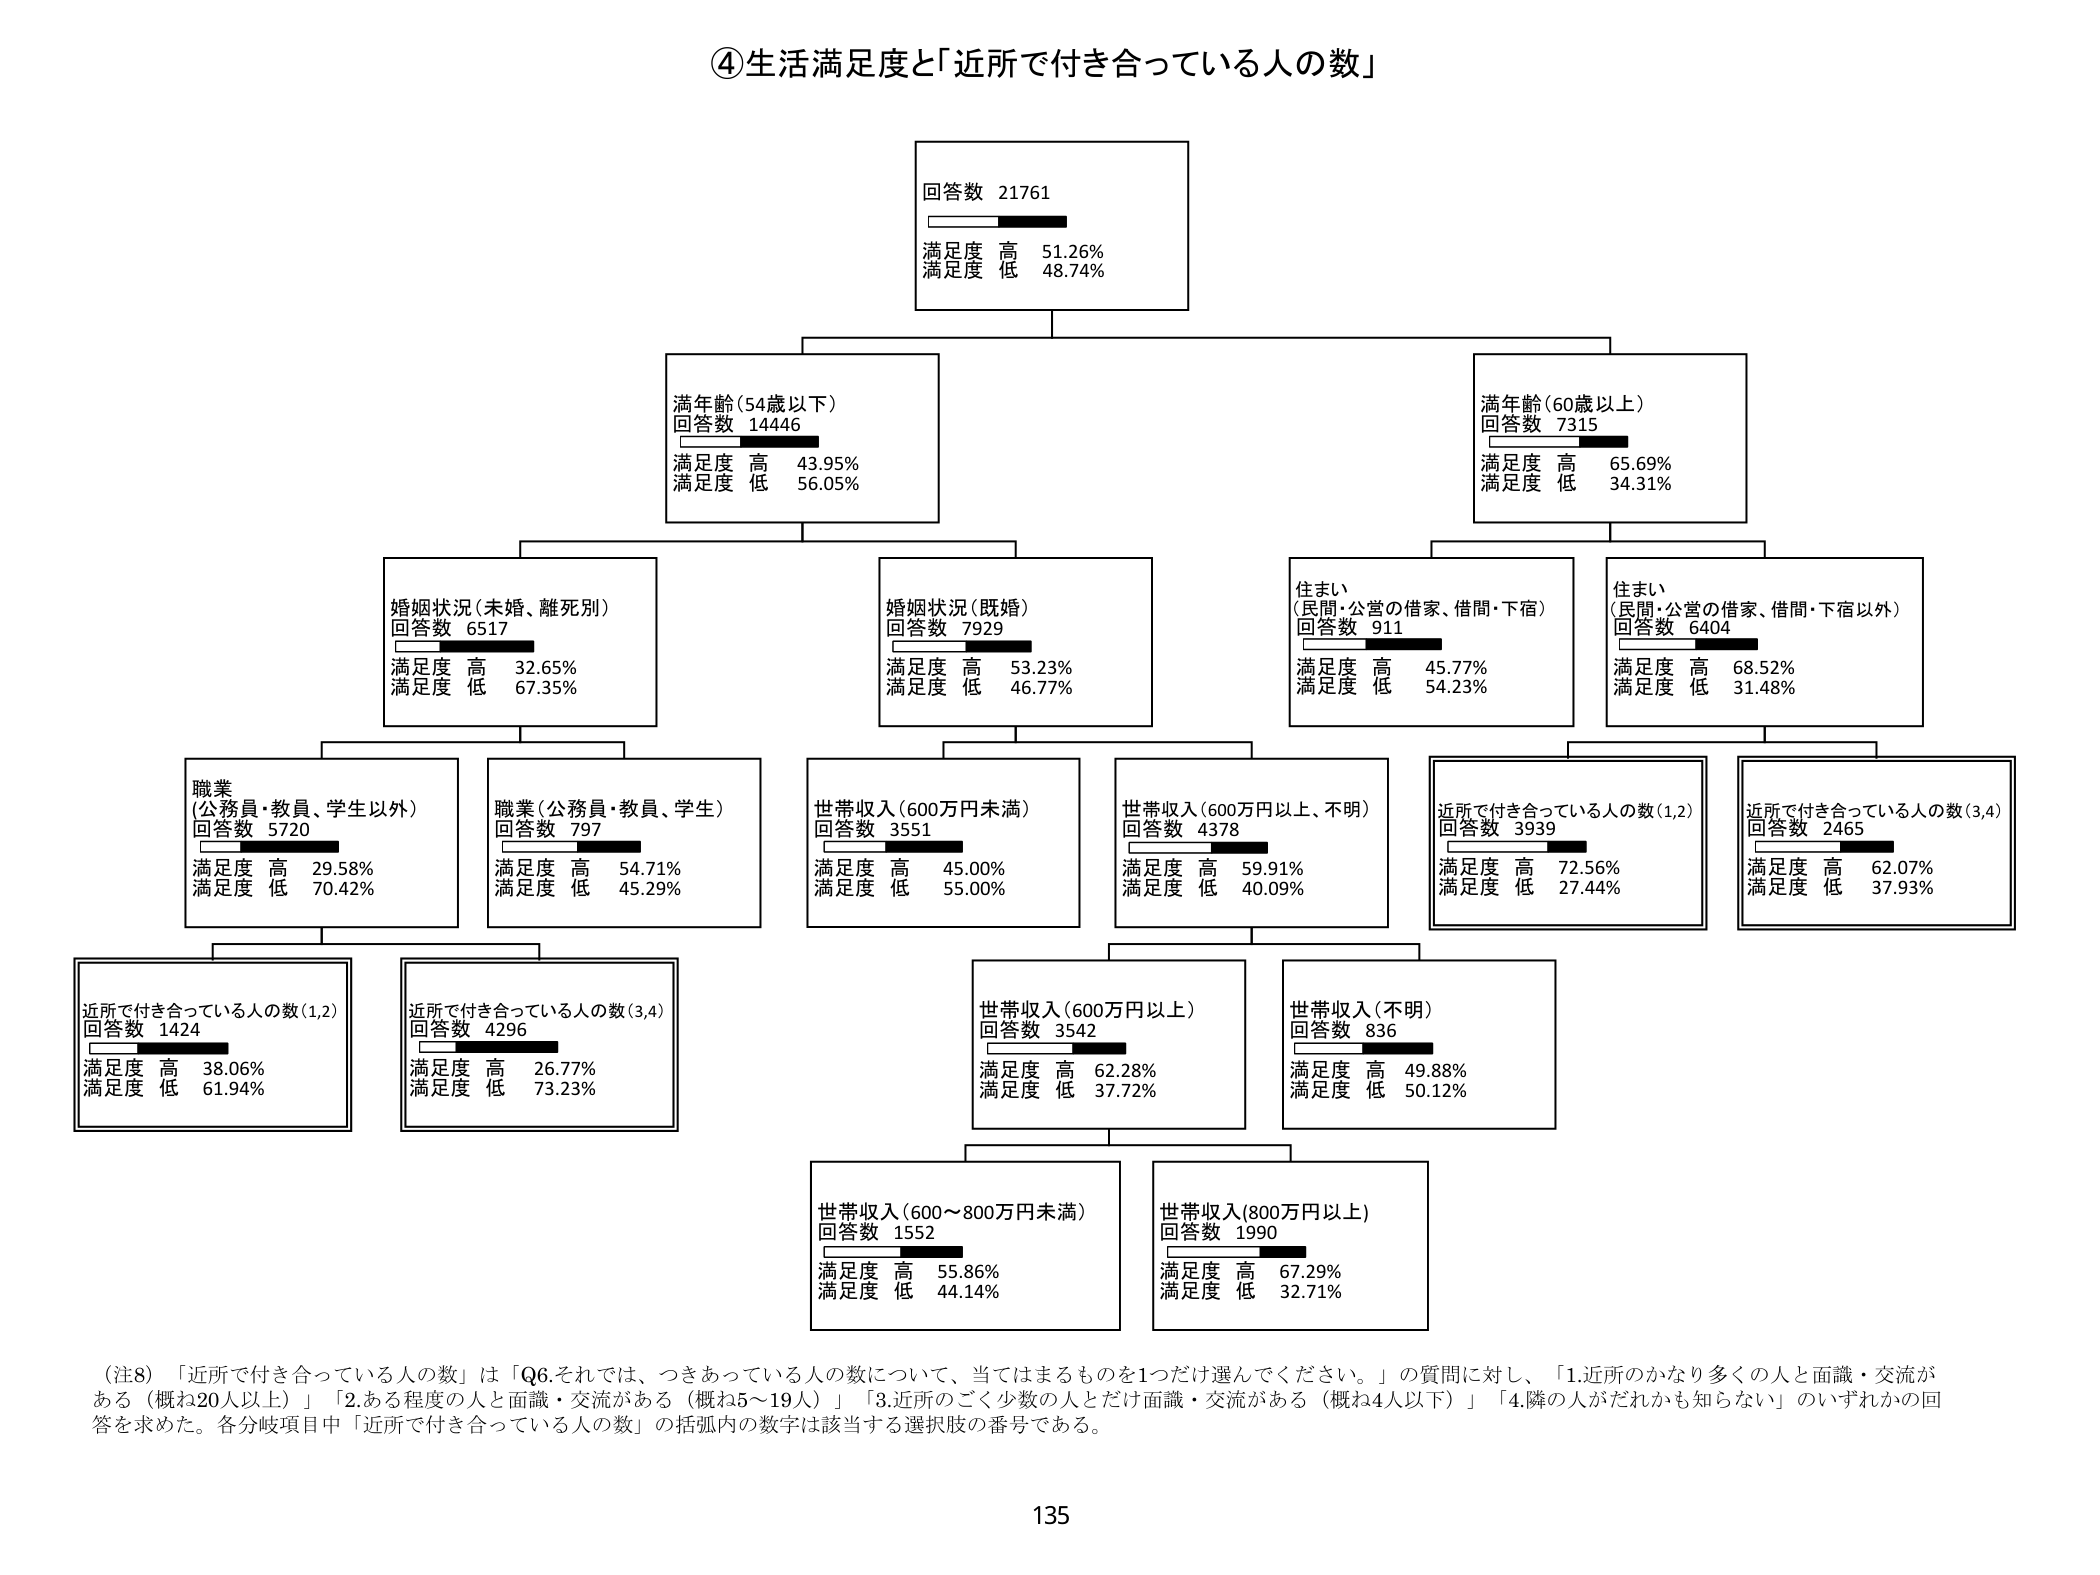
④生活満足度と「近所で付き合っている人の数」

回答数 21761
満足度 高 51.26%
満足度 低 48.74%

満年齢（54歳以下）
回答数 14446
満足度 高 43.95%
満足度 低 56.05%

満年齢（60歳以上）
回答数 7315
満足度 高 65.69%
満足度 低 34.31%

婚姻状況（未婚、離死別）
回答数 6517
満足度 高 32.65%
満足度 低 67.35%

婚姻状況（既婚）
回答数 7929
満足度 高 53.23%
満足度 低 46.77%

住まい
（民間・公営の借家、借間・下宿）
回答数 911
満足度 高 45.77%
満足度 低 54.23%

住まい
（民間・公営の借家、借間・下宿以外）
回答数 6404
満足度 高 68.52%
満足度 低 31.48%

職業
（公務員・教員、学生以外）
回答数 5720
満足度 高 29.58%
満足度 低 70.42%

職業（公務員・教員、学生）
回答数 797
満足度 高 54.71%
満足度 低 45.29%

世帯収入（600万円未満）
回答数 3551
満足度 高 45.00%
満足度 低 55.00%

世帯収入（600万円以上、不明）
回答数 4378
満足度 高 59.91%
満足度 低 40.09%

近所で付き合っている人の数（1,2）
回答数 3939
満足度 高 72.56%
満足度 低 27.44%

近所で付き合っている人の数（3,4）
回答数 2465
満足度 高 62.07%
満足度 低 37.93%

近所で付き合っている人の数（1,2）
回答数 1424
満足度 高 38.06%
満足度 低 61.94%

近所で付き合っている人の数（3,4）
回答数 4296
満足度 高 26.77%
満足度 低 73.23%

世帯収入（600万円以上）
回答数 3542
満足度 高 62.28%
満足度 低 37.72%

世帯収入（不明）
回答数 836
満足度 高 49.88%
満足度 低 50.12%

世帯収入（600～800万円未満）
回答数 1552
満足度 高 55.86%
満足度 低 44.14%

世帯収入（800万円以上）
回答数 1990
満足度 高 67.29%
満足度 低 32.71%

（注8）「近所で付き合っている人の数」は「Q6.それでは、つきあっている人の数について、当てはまるものを1つだけ選んでください。」の質問に対し、「1.近所のかなり多くの人と面識・交流がある（概ね20人以上）」「2.ある程度の人と面識・交流がある（概ね5～19人）」「3.近所のごく少数の人とだけ面識・交流がある（概ね4人以下）」「4.隣の人がだれかにも知らない」のいずれかの回答を求めた。各分岐項目中「近所で付き合っている人の数」の括弧内の数字は該当する選択肢の番号である。

135